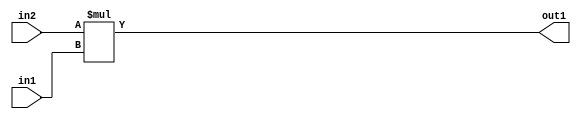
`timescale 1ps / 1ps
/*****************************************************************************
    Verilog RTL Description
    
    
    Created by: Stratus DpOpt 2019.1.01 
*******************************************************************************/

module SobelFilter_Mul_10Ux8U_18U_1 (
	in2,
	in1,
	out1
	); /* architecture "behavioural" */ 
input [9:0] in2;
input [7:0] in1;
output [17:0] out1;
wire [17:0] asc001;

assign asc001 = 
	+(in2 * in1);

assign out1 = asc001;
endmodule

/* CADENCE  ubD3Qws= : u9/ySgnWtBlWxVPRXgAZ4Og= ** DO NOT EDIT THIS LINE ******/